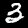
Digit: 3